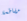
مقاطعة